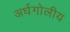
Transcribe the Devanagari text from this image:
अर्धगोलीय